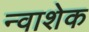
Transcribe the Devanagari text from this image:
न्वाशेक